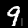
Label: 9